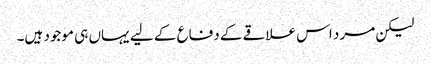
لیکن مرد اس علاقے کے دفاع کے لیے یہاں ہی موجود ہیں۔